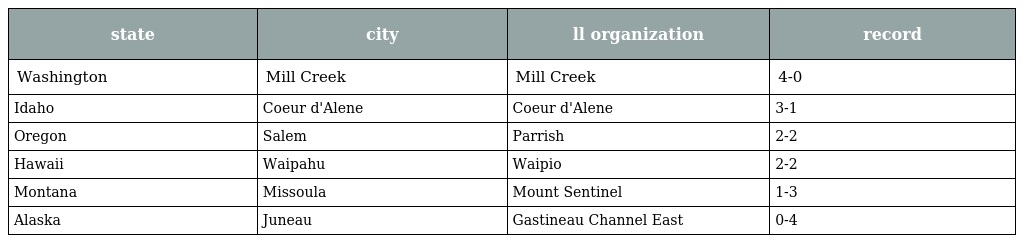
| state | city | ll organization | record |
 | --- | --- | --- | --- |
 | Washington | Mill Creek | Mill Creek | 4-0 |
 | Idaho | Coeur d'Alene | Coeur d'Alene | 3-1 |
 | Oregon | Salem | Parrish | 2-2 |
 | Hawaii | Waipahu | Waipio | 2-2 |
 | Montana | Missoula | Mount Sentinel | 1-3 |
 | Alaska | Juneau | Gastineau Channel East | 0-4 |